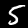
Digit: 5